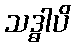
သဒ္ဓါပိ